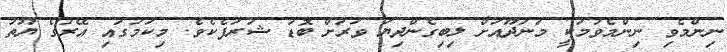
ނިންމެވި ނިންމެވުމަކީ މަނަދޫއަށް ލިބިގެންދިޔަ ވަރަށް ބޮޑު ޝަރަފެކެވެ. މިކަމުގައި އޭރުގެ ޔޫތު